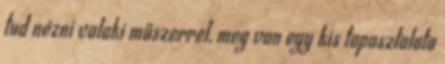
tud nézni valaki műszerrel, meg van egy kis tapasztalata